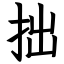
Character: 拙